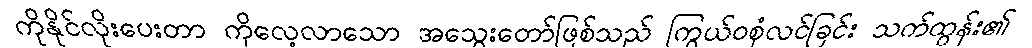
ကိုနိုင်လိုးပေးတာ ကိုလေ့လာသော အသွေးတော်ဖြစ်သည် ကြွယ်ဝစုံလင်ခြင်း သက်ထွန်း၏